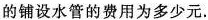
的铺设水管的费用为多少元。